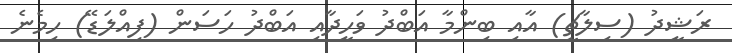
ރަޝީދު (ސިލާޗީ) އާއި ބިންމާ އަބްދު ވަހީދާއި އަބްދު ހަސަން (ފިއްލަޑޭ) ހިމެނެ